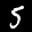
Label: 5